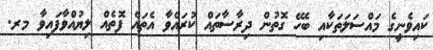
ކައިވެނީގެ މައްސަލަތަކާއި ބެހޭ ގޮތުން ދިރާސާތައް ކުރައްވާ އެތައް ފޮތެއް ލިޔުއްވާފައިވާ މރ.